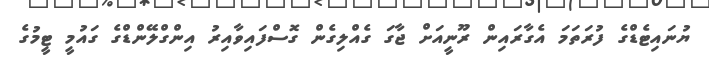
ޔުނައިޓެޑްގެ ފުރަތަމަ އެގާރައިން ރޫނީއަށް ޖާގަ ގެއްލިގެން ގޮސްފައިވާއިރު އިންގްލޭންޑްގެ ގައުމީ ޓީމުގެ